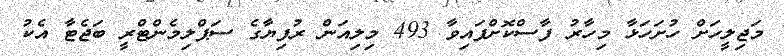
މަޖިލީހަށް ހުށަހަޅާ މިހާރު ފާސްކޮށްފައިވާ 493 މިލިއަން ރުފިޔާގެ ސަޕްލިމެންޓްރީ ބަޖެޓާ އެކު